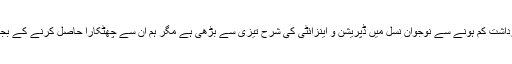
موبائل فونز کے بہت زیادہ استعمال سے دماغ پر بھی منفی اثرات مرتب ہو رہے ہیں، قوت برداشت کم ہونے سے نوجوان نسل میں ڈپریشن و اینزائٹی کی شرح تیزی سے بڑھی ہے مگر ہم ان سے چھٹکارا حاصل کرنے کے بجائے سوشل میڈیا کے نشے میں اس طرح مبتلا ہیں کہ ان کے بغیر ہماری زندگی ادھوری ہے۔